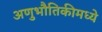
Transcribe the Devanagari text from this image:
अणुभौतिकीमध्ये